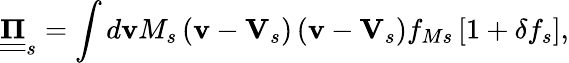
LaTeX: \underline{{\underline{{\mathbf{\Pi}}}}}_{s}=\int d\mathbf{v}M_{s}\left(\mathbf{v}-\mathbf{V}_{s}\right)\left(\mathbf{v}-\mathbf{V}_{s}\right)f_{Ms}\left[1+\delta f_{s}\right],